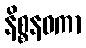
နိစ္စနဝကာ